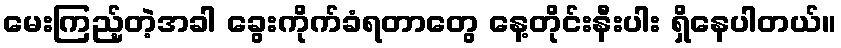
မေးကြည့်တဲ့အခါ ခွေးကိုက်ခံရတာတွေ နေ့တိုင်းနီးပါး ရှိနေပါတယ်။